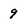
Character: 9